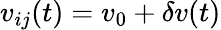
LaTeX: v_{ij}(t)=v_{0}+\delta v(t)